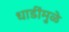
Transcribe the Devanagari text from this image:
धाडींमुळे